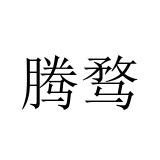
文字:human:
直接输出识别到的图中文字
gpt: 腾骛